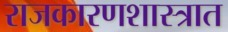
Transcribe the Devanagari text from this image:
राजकारणशास्त्रात